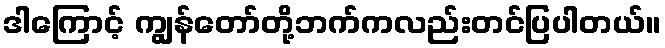
ဒါကြောင့် ကျွန်တော်တို့ဘက်ကလည်းတင်ပြပါတယ်။